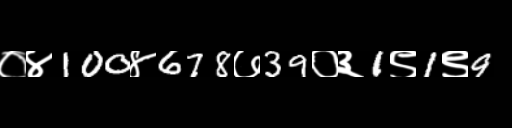
Text: ०४100४678७39०३1९1९9